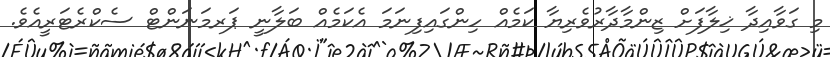
މި ގަވާއިދާ ޚިލާފަށް ޒިންމާދާރުވެރިޔާ ކަމެއް ހިންގައިފިނަމަ އެކަމެއް ބަލާނީ ޕަރމަނަންޓް ސެކްރެޓަރީއެވެ.